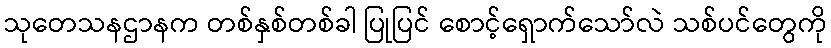
သုတေသနဌာနက တစ်နှစ်တစ်ခါ ပြုပြင် စောင့်ရှောက်သော်လဲ သစ်ပင်တွေကို